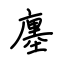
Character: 廛